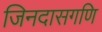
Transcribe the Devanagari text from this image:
जिनदासगणि